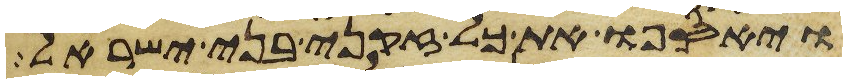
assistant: ויאספו את כל זקני בני ישראל